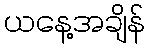
ယနေ့အချိန်